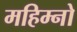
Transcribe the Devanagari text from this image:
महिम्नो